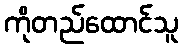
ကိုတည်ထောင်သူ